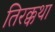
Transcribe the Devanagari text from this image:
तिरक्कथा